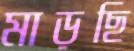
মাড়ছি